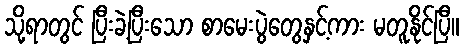
သို့ရာတွင် ပြီးခဲ့ပြီးသော စာမေးပွဲတွေနှင့်ကား မတူနိုင်ပြီ။